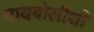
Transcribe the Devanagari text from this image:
मायबोलीशी